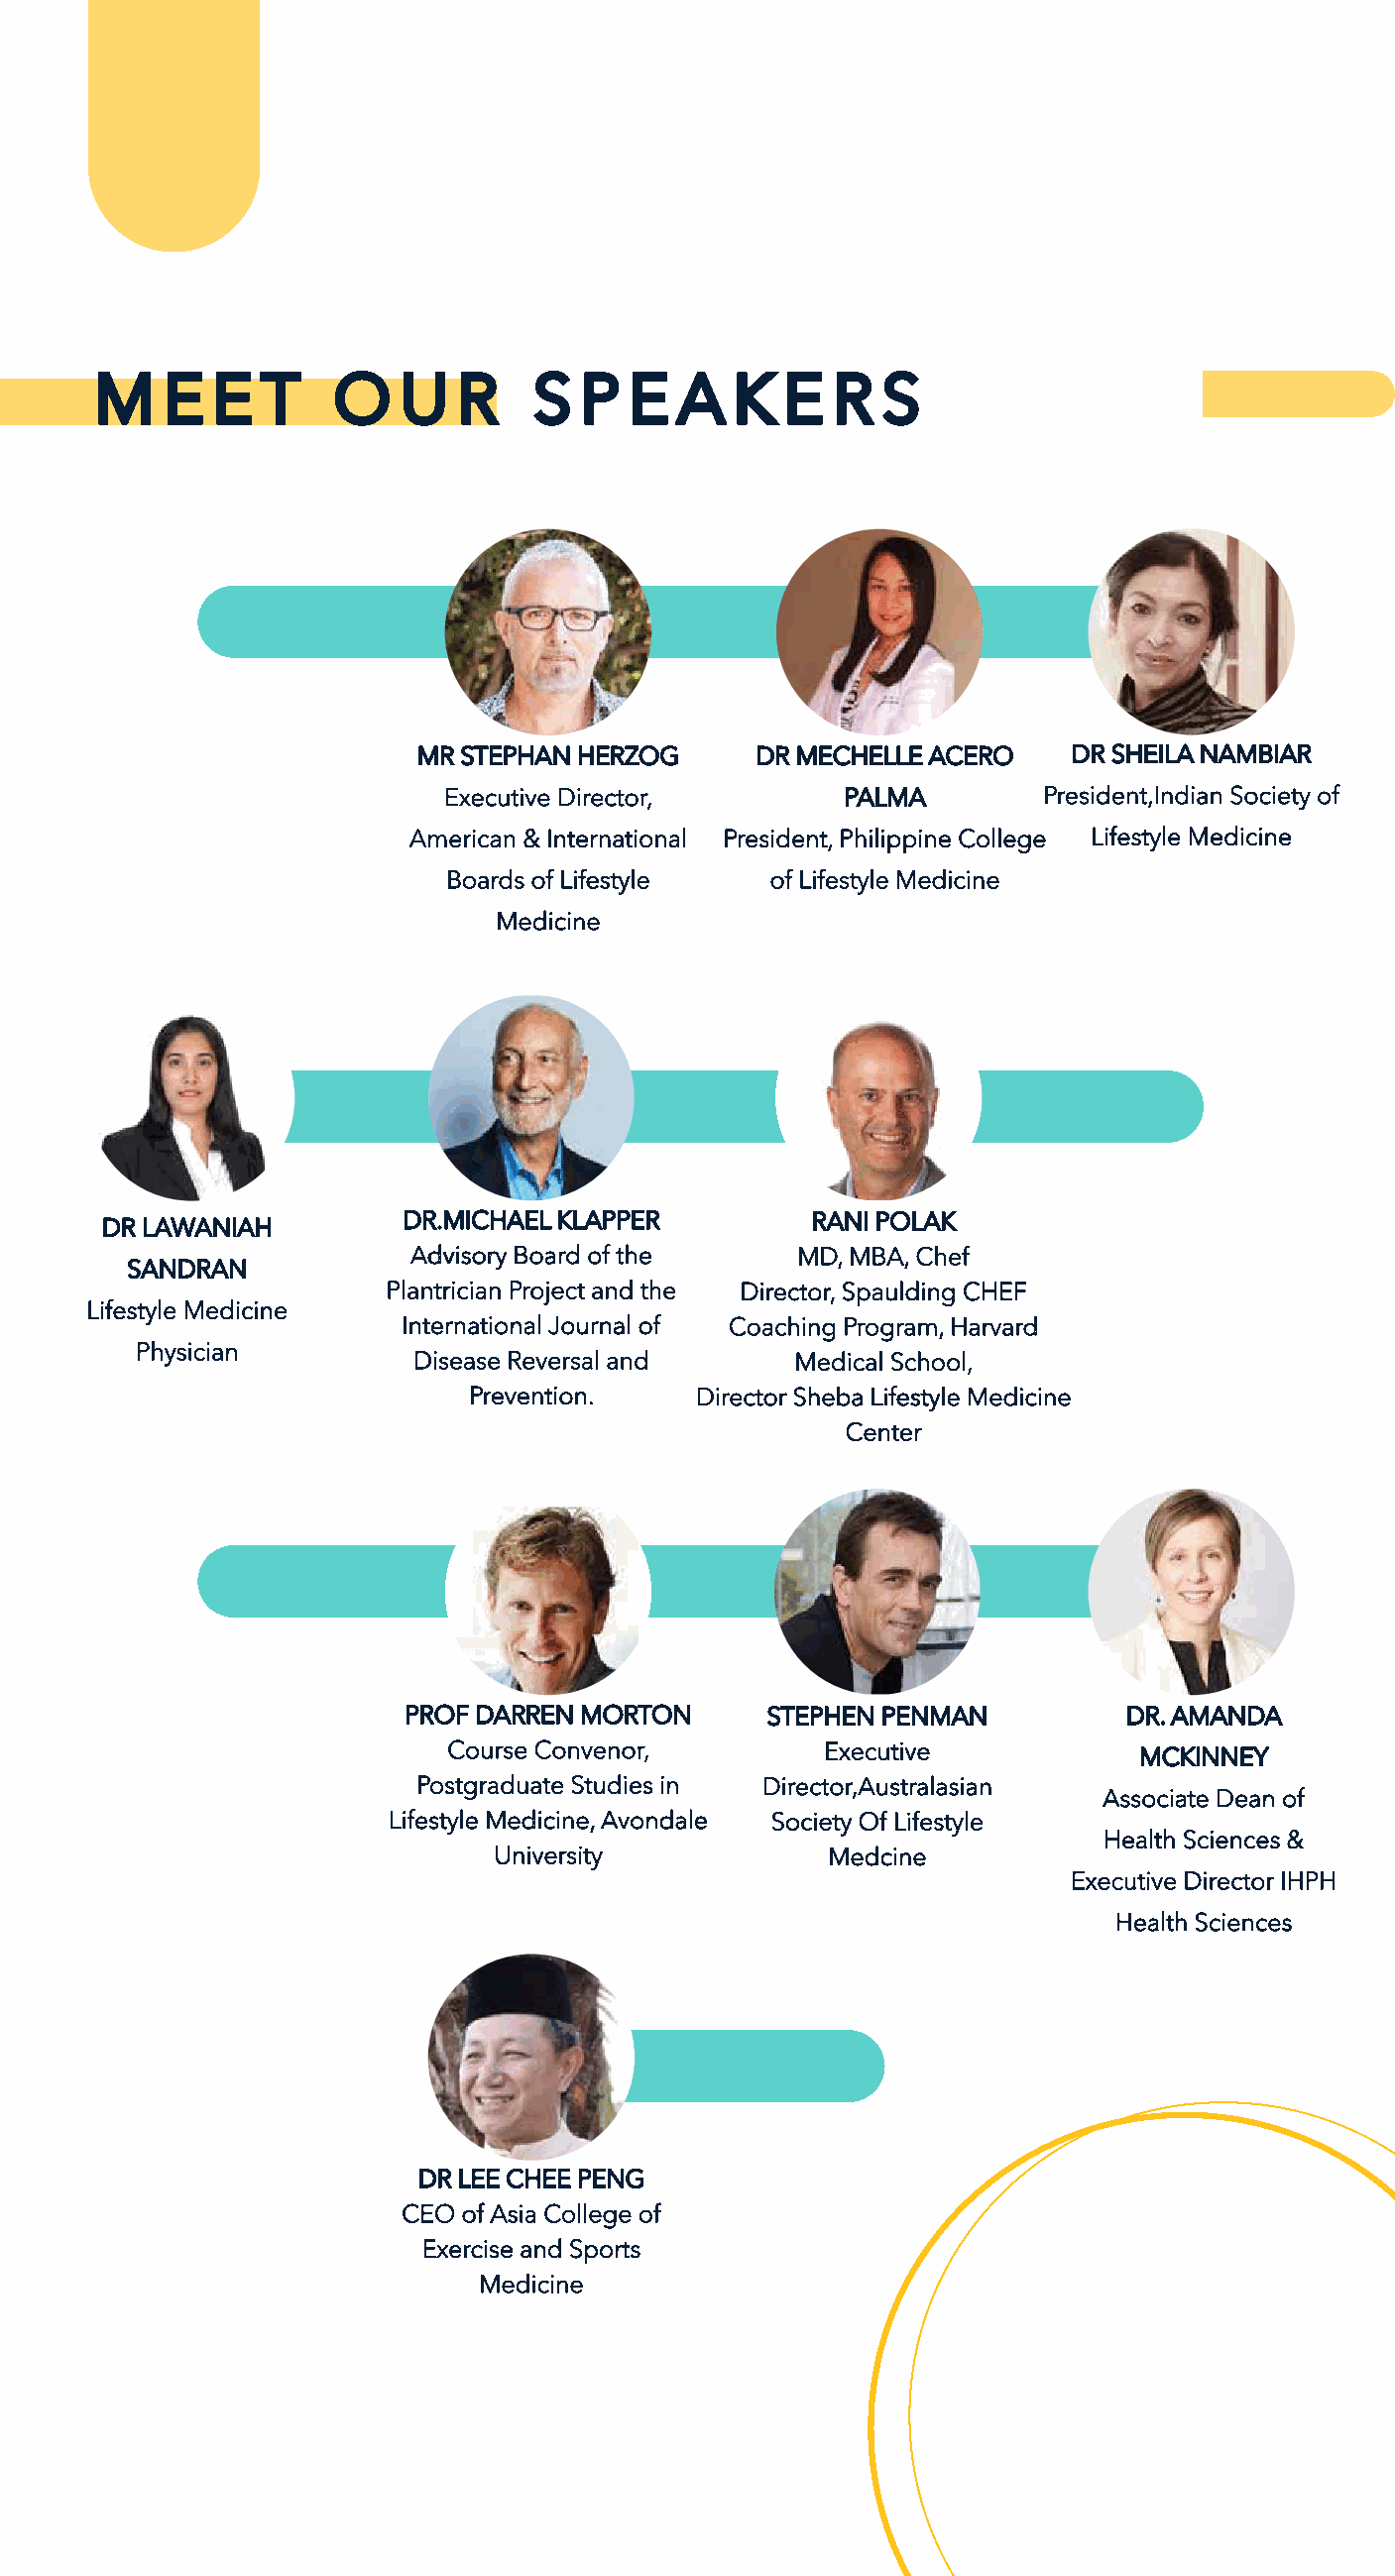
M    E  E  T    O    U   R    S  P  E  A   K  E   R  S
 MR STEPHAN HERZOG     DR MECHELLE ACERO     DR SHEILA NAMBIAR
 Executive Director,       PALMA         President,Indian Society of
 American & International President, Philippine College Lifestyle Medicine
 Boards of Lifestyle  of Lifestyle Medicine
 Medicine
 DR.MICHAEL KLAPPER         RANI POLAK
 DR LAWANIAH
 Advisory Board of the     MD, MBA, Chef
 SANDRAN
 Plantrician Project and the Director, Spaulding CHEF
 Lifestyle Medicine
 International Journal of Coaching Program, Harvard
 Physician
 Disease Reversal and     Medical School,
 Prevention.    Director Sheba Lifestyle Medicine
 Center
 PROF DARREN MORTON      STEPHEN PENMAN          DR. AMANDA
 Course Convenor,         Executive            MCKINNEY
 Postgraduate Studies in Director,Australasian
 Associate Dean of
 Lifestyle Medicine, Avondale Society Of Lifestyle
 Health Sciences &
 University            Medcine
 Executive Director IHPH
 Health Sciences
 DR LEE CHEE PENG
 CEO of Asia College of
 Exercise and Sports
 Medicine